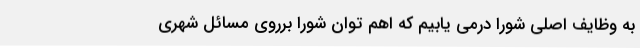
به وظایف اصلی شورا درمی یابیم که اهمّ توان شورا برروی مسائل شهری